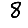
Digit: 8